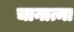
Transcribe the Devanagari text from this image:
चानात्मा